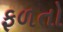
ફળતો